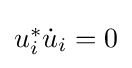
{\textstyle u_{i}^{*}{\dot {u}}_{i}=0}